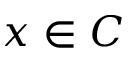
x \in C